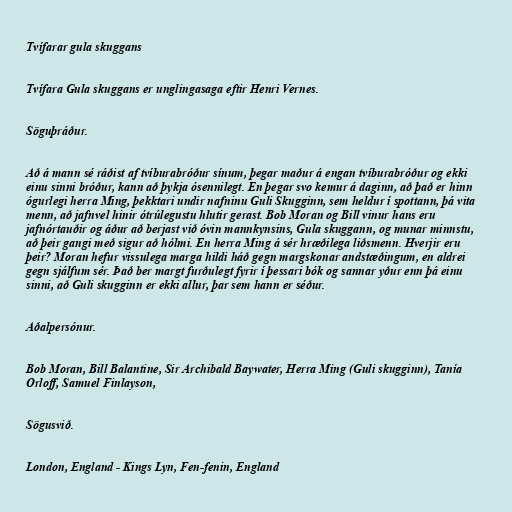
Tvífarar gula skuggans

Tvífara Gula skuggans er unglingasaga eftir Henri Vernes.

Söguþráður.

Að á mann sé ráðist af tvíburabróður sínum, þegar maður á engan tvíburabróður og ekki
einu sinni bróður, kann að þykja ósennilegt. En þegar svo kemur á daginn, að það er hinn
ógurlegi herra Ming, þekktari undir nafninu Guli Skugginn, sem heldur í spottann, þá vita
menn, að jafnvel hinir ótrúlegustu hlutir gerast. Bob Moran og Bill vinur hans eru
jafnórtauðir og áður að berjast við óvin mannkynsins, Gula skuggann, og munar minnstu,
að þeir gangi með sigur að hólmi. En herra Ming á sér hræðilega liðsmenn. Hverjir eru
þeir? Moran hefur vissulega marga hildi háð gegn margskonar andstæðingum, en aldrei
gegn sjálfum sér. Það ber margt furðulegt fyrir í þessari bók og sannar yður enn þá einu
sinni, að Guli skugginn er ekki allur, þar sem hann er séður.

Aðalpersónur.

Bob Moran, Bill Balantine, Sir Archibald Baywater, Herra Ming (Guli skugginn), Tanía
Orloff, Samuel Finlayson,

Sögusvið.

London, England - Kings Lyn, Fen-fenin, England